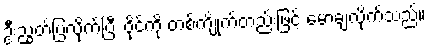
ဦးညွတ်ပြလိုက်ပြီး ဝိုင်ကို တစ်ကျိုက်တည်းဖြင့် မောချလိုက်သည်။